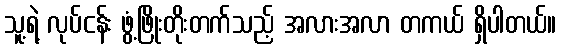
သူ့ရဲ့ လုပ်ငန်း ဖွံ့ဖြိုးတိုးတက်သည့် အလားအလာ တကယ် ရှိပါတယ်။